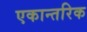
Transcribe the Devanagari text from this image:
एकान्तरिक